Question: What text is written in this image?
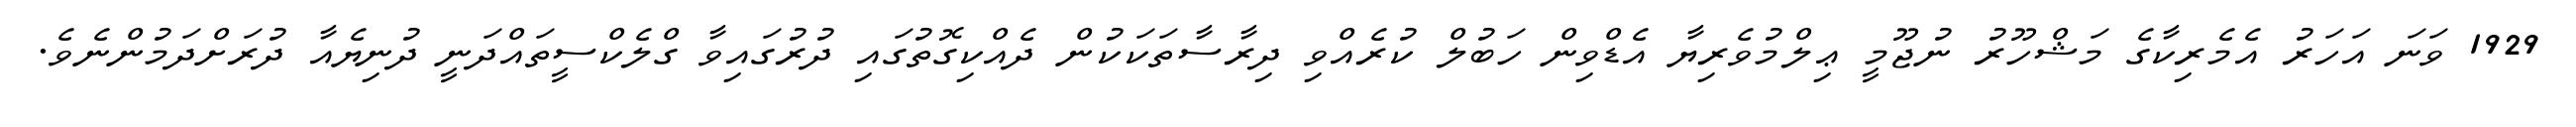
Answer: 1929 ވަނަ އަހަރު އެމެރިކާގެ މަޝްހޫރު ނުޖޫމީ ޢިލްމުވެރިޔާ އެޑްވިން ހަބުލް ކުރެއްވި ދިރާސާތަކަކުން ދެއްކިގޮތުގައި ދުރުގައިވާ ގްލެކްސީތައްދަނީ ދުނިޔެއާ ދުރަށްދަމުންނެވެ.